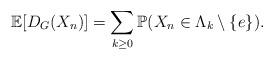
LaTeX: \begin{align*}\mathbb E[D_G(X_n)] = \sum_{k \geq 0} \mathbb P (X_n \in \Lambda_k\setminus\{e\}).\end{align*}